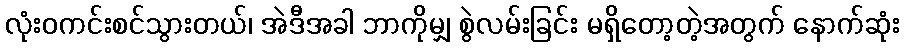
လုံးဝကင်းစင်သွားတယ်၊ အဲဒီအခါ ဘာကိုမျှ စွဲလမ်းခြင်း မရှိတော့တဲ့အတွက် နောက်ဆုံး